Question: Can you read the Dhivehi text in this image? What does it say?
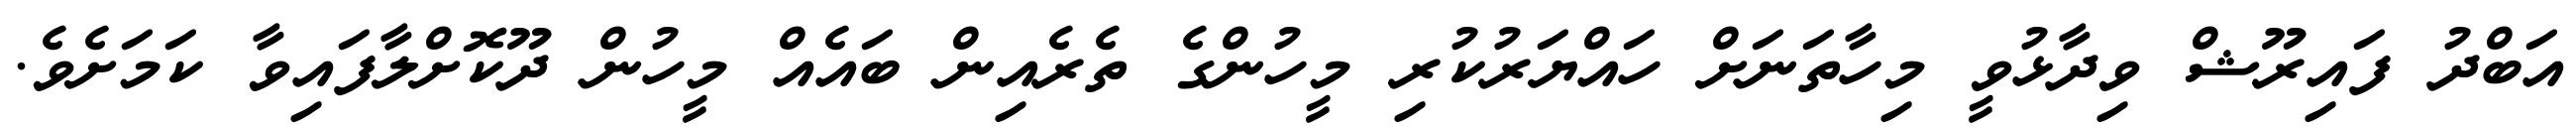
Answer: އަބްދު ފައިރޫޝް ވިދާޅުވީ މިހާތަނަށް ހައްޔަރުކުރި މީހުންގެ ތެރެއިން ބައެއް މީހުން ދޫކޮށްލާފައިވާ ކަމަށެވެ.